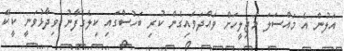
އަލުން އެ މައްސަލަ މަޖިލީހަށް ވައްދަވައިގެން ކުރި ބަހުސްގައި ކިލެގެފާނު ވިދާޅުވަނީ ކީކޭ